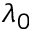
\lambda _ { 0 }